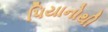
પિયાનોથી